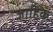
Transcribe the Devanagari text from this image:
जाहिक